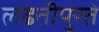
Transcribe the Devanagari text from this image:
लढतीपुरते